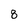
Character: 8